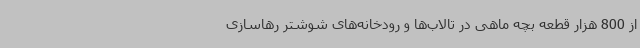
از 800 هزار قطعه بچه ماهی در تالاب‌ها و رودخانه‌های شوشتر رهاسازی